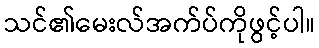
သင်၏မေးလ်အက်ပ်ကိုဖွင့်ပါ။